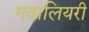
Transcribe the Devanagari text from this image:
गवालियरी